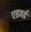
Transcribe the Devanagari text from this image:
एडवर्ड